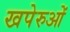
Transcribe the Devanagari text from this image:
खपेरुओं